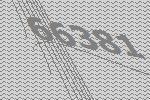
66381